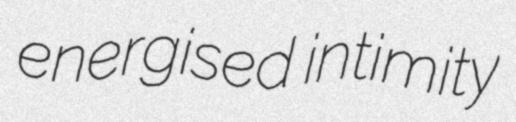
energised intimity